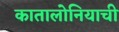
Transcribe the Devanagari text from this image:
कातालोनियाची